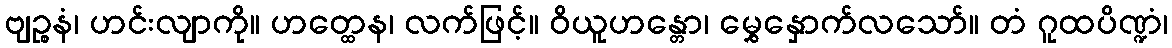
ဗျဉ္စနံ၊ ဟင်းလျာကို။ ဟတ္ထေန၊ လက်ဖြင့်။ ဝိယူဟန္တော၊ မွှေနှောက်လသော်။ တံ ဂူထပိဏ္ဍံ၊